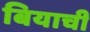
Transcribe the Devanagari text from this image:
बियाची